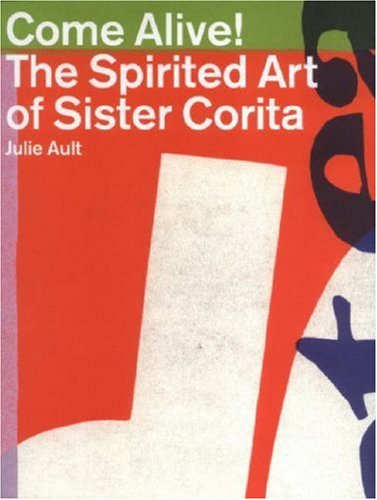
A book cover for Come Alive!: The Spirited Art of Sister Corita; Julie Ault; Arts & Photography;